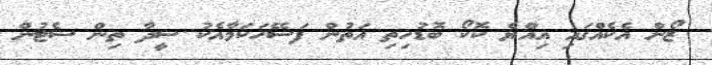
ޒޯން އެކެއްގައި އިއްޔެ ކޮކޯ ބޮޑުހިތި އަތުން ފަސޭހަކަމާއެކު ސީދާ ތިން ސެޓުން